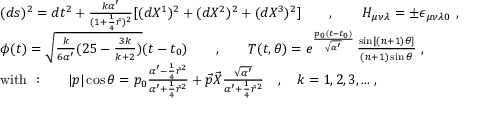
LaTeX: \begin{array} { l } { { ( d s ) ^ { 2 } = d t ^ { 2 } + \frac { k \alpha ^ { \prime } } { ( 1 + \frac { 1 } { 4 } \bar { r } ) ^ { 2 } } [ ( d X ^ { 1 } ) ^ { 2 } + ( d X ^ { 2 } ) ^ { 2 } + ( d X ^ { 3 } ) ^ { 2 } ] \qquad , \qquad H _ { \mu \nu \lambda } = \pm \epsilon _ { \mu \nu \lambda 0 } ~ , } } \\ { { \phi ( t ) = \sqrt { \frac { k } { 6 \alpha ^ { \prime } } ( 2 5 - \frac { 3 k } { k + 2 } ) } ( t - t _ { 0 } ) \qquad , \qquad T ( t , \theta ) = e ^ { \frac { p _ { 0 } ( t - t _ { 0 } ) } { \sqrt { \alpha ^ { \prime } } } } \, \frac { \sin [ ( n + 1 ) \theta ] } { ( n + 1 ) \sin \theta } ~ , } } \\ { { \mathrm { w i t h ~ : } \qquad | p | \cos \theta = p _ { 0 } \frac { \alpha ^ { \prime } - \frac { 1 } { 4 } \bar { r } ^ { 2 } } { \alpha ^ { \prime } + \frac { 1 } { 4 } \bar { r } ^ { 2 } } + \vec { p } \vec { X } \frac { \sqrt { \alpha ^ { \prime } } } { \alpha ^ { \prime } + \frac { 1 } { 4 } \bar { r } ^ { 2 } } \quad , \quad k = 1 , 2 , 3 , . . . ~ , } } \end{array}